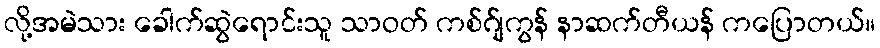
လို့အမဲသား ခေါက်ဆွဲရောင်းသူ သာဝတ် ကစ်ဂ်ျကွန် နာဆက်တီယန် ကပြောတယ်။